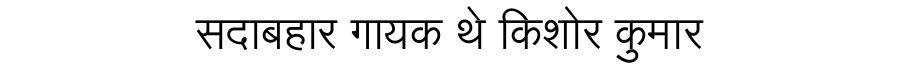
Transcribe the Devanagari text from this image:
सदाबहार गायक थे किशोर कुमार